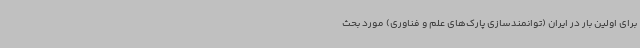
برای اولین بار در ایران (توانمندسازی پارک‌های علم و فناوری) مورد بحث